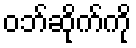
ဝဘ်ဆိုက်ကို